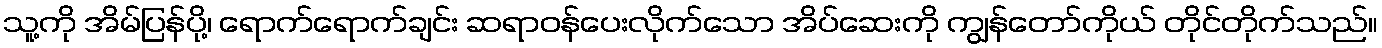
သူ့ကို အိမ်ပြန်ပို့၊ ရောက်ရောက်ချင်း ဆရာဝန်ပေးလိုက်သော အိပ်ဆေးကို ကျွန်တော်ကိုယ် တိုင်တိုက်သည်။